Scottish Certificate of Education, 1963
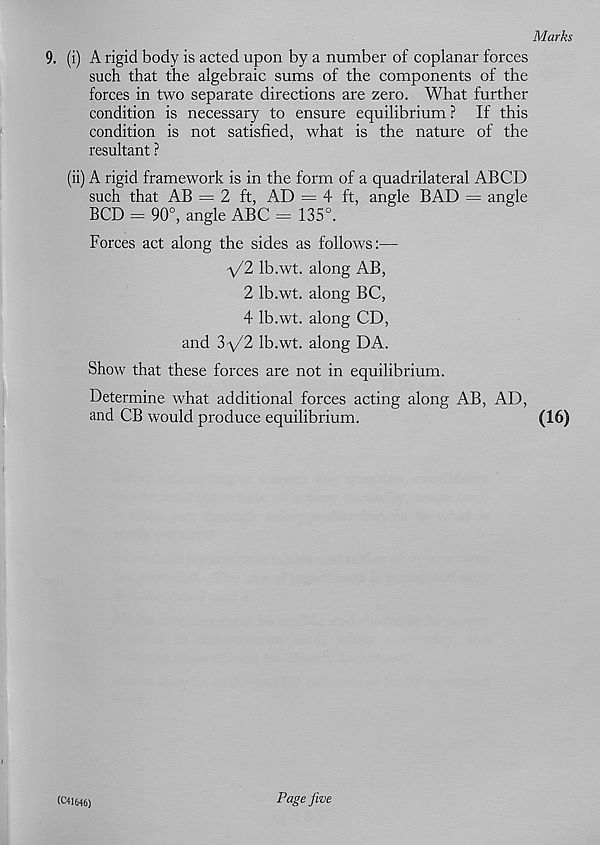
Marks
9. (i) A rigid body is acted upon by a number of coplanar forces
such that the algebraic sums of the components of the
forces in two separate directions are zero. What further
condition is necessary to ensure equilibrium ? If this
condition is not satisfied, what is the nature of the
resultant ?
(ii) A rigid framework is in the form of a quadrilateral ABCD
such that AB = 2 ft, AD = 4 ft, angle BAD — angle
BCD = 90°, angle ABC = 135°.
Forces act along the sides as follows:—
\/2 Ib.wt. along AB,
2 Ib.wt. along BC,
4 Ib.wt. along CD,
and 3^/2 Ib.wt. along DA.
Show that these forces are not in equilibrium.
Determine what additional forces acting along AB, AD,
and CB would produce equilibrium.
(16)
(C41646)
Page five